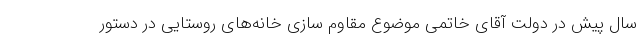
سال پیش در دولت آقای خاتمی موضوع مقاوم سازی خانه‌های روستایی در دستور